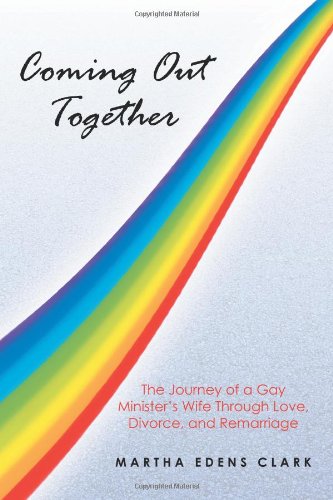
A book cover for Coming Out Together: The Journey of a Gay Minister's Wife Through Love, Divorce, and Remarriage; Martha Edens Clark; Gay & Lesbian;